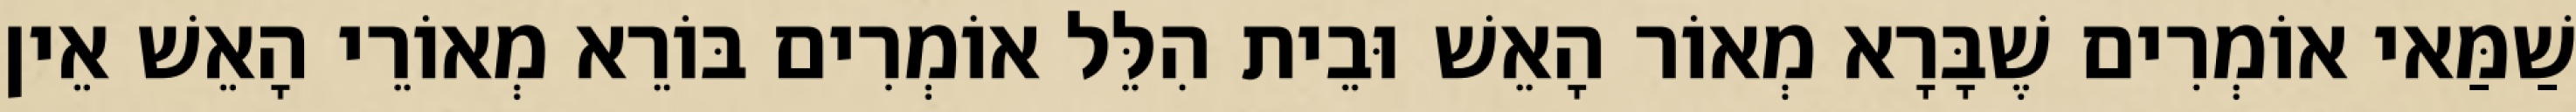
שַׁמַּאי אוֹמְרִים שֶׁבָּרָא מְאוֹר הָאֵשׁ וּבֵית הִלֵּל אוֹמְרִים בּוֹרֵא מְאוֹרֵי הָאֵשׁ אֵין